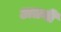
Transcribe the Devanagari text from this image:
अतनी